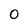
Character: 0